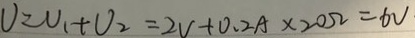
U = U _ { 1 } + U _ { 2 } = 2 V + 0 . 2 A \times 2 0 \Omega = 6 V